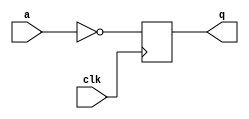
module top_module (
    input clk,
    input a,
    output reg q );
	
    always @(posedge clk)
        q <= ~a;
    
    
endmodule